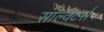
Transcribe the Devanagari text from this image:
साल्वेटर्स